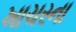
ખાચરના